Annual report of the Punjab Veterinary College and of the Civil Veterinary Department, Punjab - 1920-1925
Year: 1920
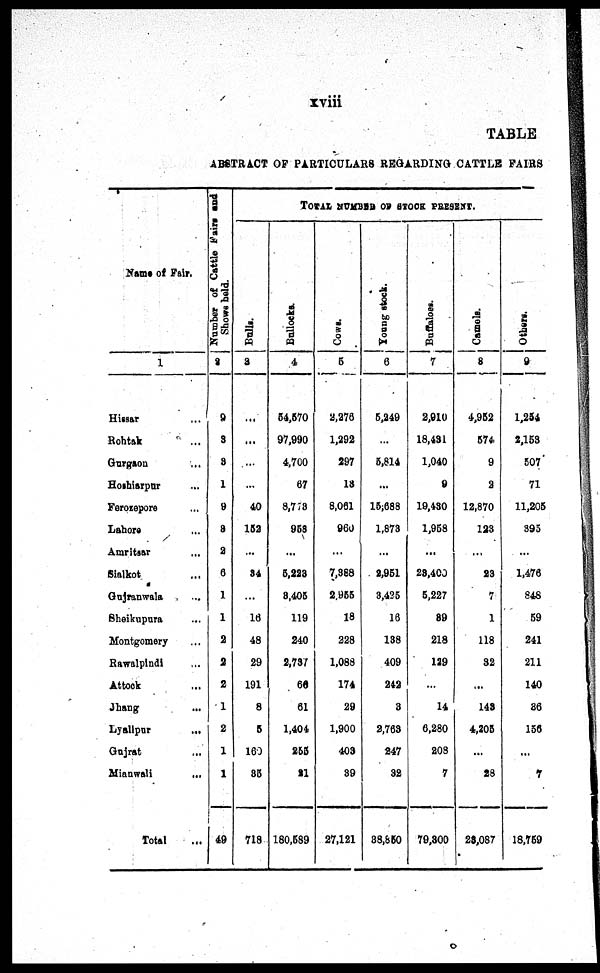
xviii
TABLE
ABSTRACT OF PARTI CULARS REGARDI NG CATTLE FAIRS
Name of Fair.
1
Hissar ...
Roht ak ...
Gurgaon ...
Hoshi arpur ...
Ferozepore ...
Lahore . . .
Amritsar ...
Sialkot ...
Gujranwala . . .
Sheikupura . . .
Mont gomery ...
Rawal pi ndi
At t ock ...
Jhang ...
Lyallpur ...
Gujrat ...
Mi anwal i ...
Total ...
Number of Cattle Fairs and
Shows hold.
2
9
3
8
1
9
8
2
6
1
1
2
2
2
1
2
1
1
49
TOTAL NUMBER OF STOCK PRESENT.
Bulls.
3
...
...
...
...
40
152
...
84
...
16
48
29
191
8
5
160
85
718
Bullocks.
4
54, 570
97, 990
4, 700
67
8, 778
958
...
5, 228
8, 405
119
240
2, 737
60
61
1, 404
255
21
180, 589
Cows.
5
2, 278
1, 292
297
18
8, 061
960
...
7, 388
2, 955
18
228
1, 088
174
29
1, 900
403
39
27, 121
Young
stock.
6
5, 249
...
5, 814
...
15, 688
1, 873
...
2,951
3, 425
16
138
409
242
3
2, 763
247
32
88, 850
Buffaloes.
7
2,910
18, 431
1, 040
9
19, 430
1, 958
...
28, 400
5, 227
89
218
129
...
14
6, 280
208
7
79, 800
Camols.
8
4, 952
574
9
2
12, 870
123
...
23
7
1
118
32
...
148
4, 205
...
28
28, 087
Others.
9
1, 254
2, 153
507
71
11, 205
395
...
1, 476
848
59
241
211
140
86
156
...
7
18, 759